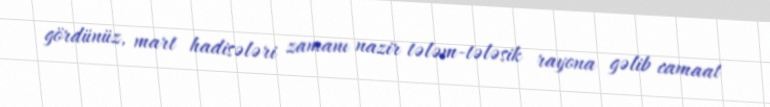
gördünüz, mart hadisələri zamanı nazir tələm-tələsik rayona gəlib camaat